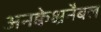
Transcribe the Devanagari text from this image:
अनक्वेश्चनैबल